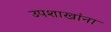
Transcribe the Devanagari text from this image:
उपशाखांना